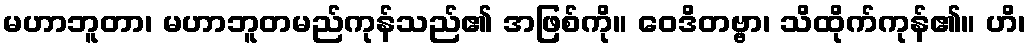
မဟာဘူတာ၊ မဟာဘူတမည်ကုန်သည်၏ အဖြစ်ကို။ ဝေဒိတဗ္ဗာ၊ သိထိုက်ကုန်၏။ ဟိ၊